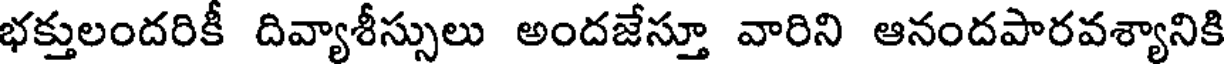
భక్తులందరికీ దివ్యాశీస్సులు అందజేస్తూ వారిని ఆనందపారవశ్యానికి